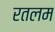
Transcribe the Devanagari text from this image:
रतलम